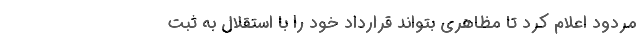
مردود اعلام کرد تا مظاهری بتواند قرارداد خود را با استقلال به ثبت